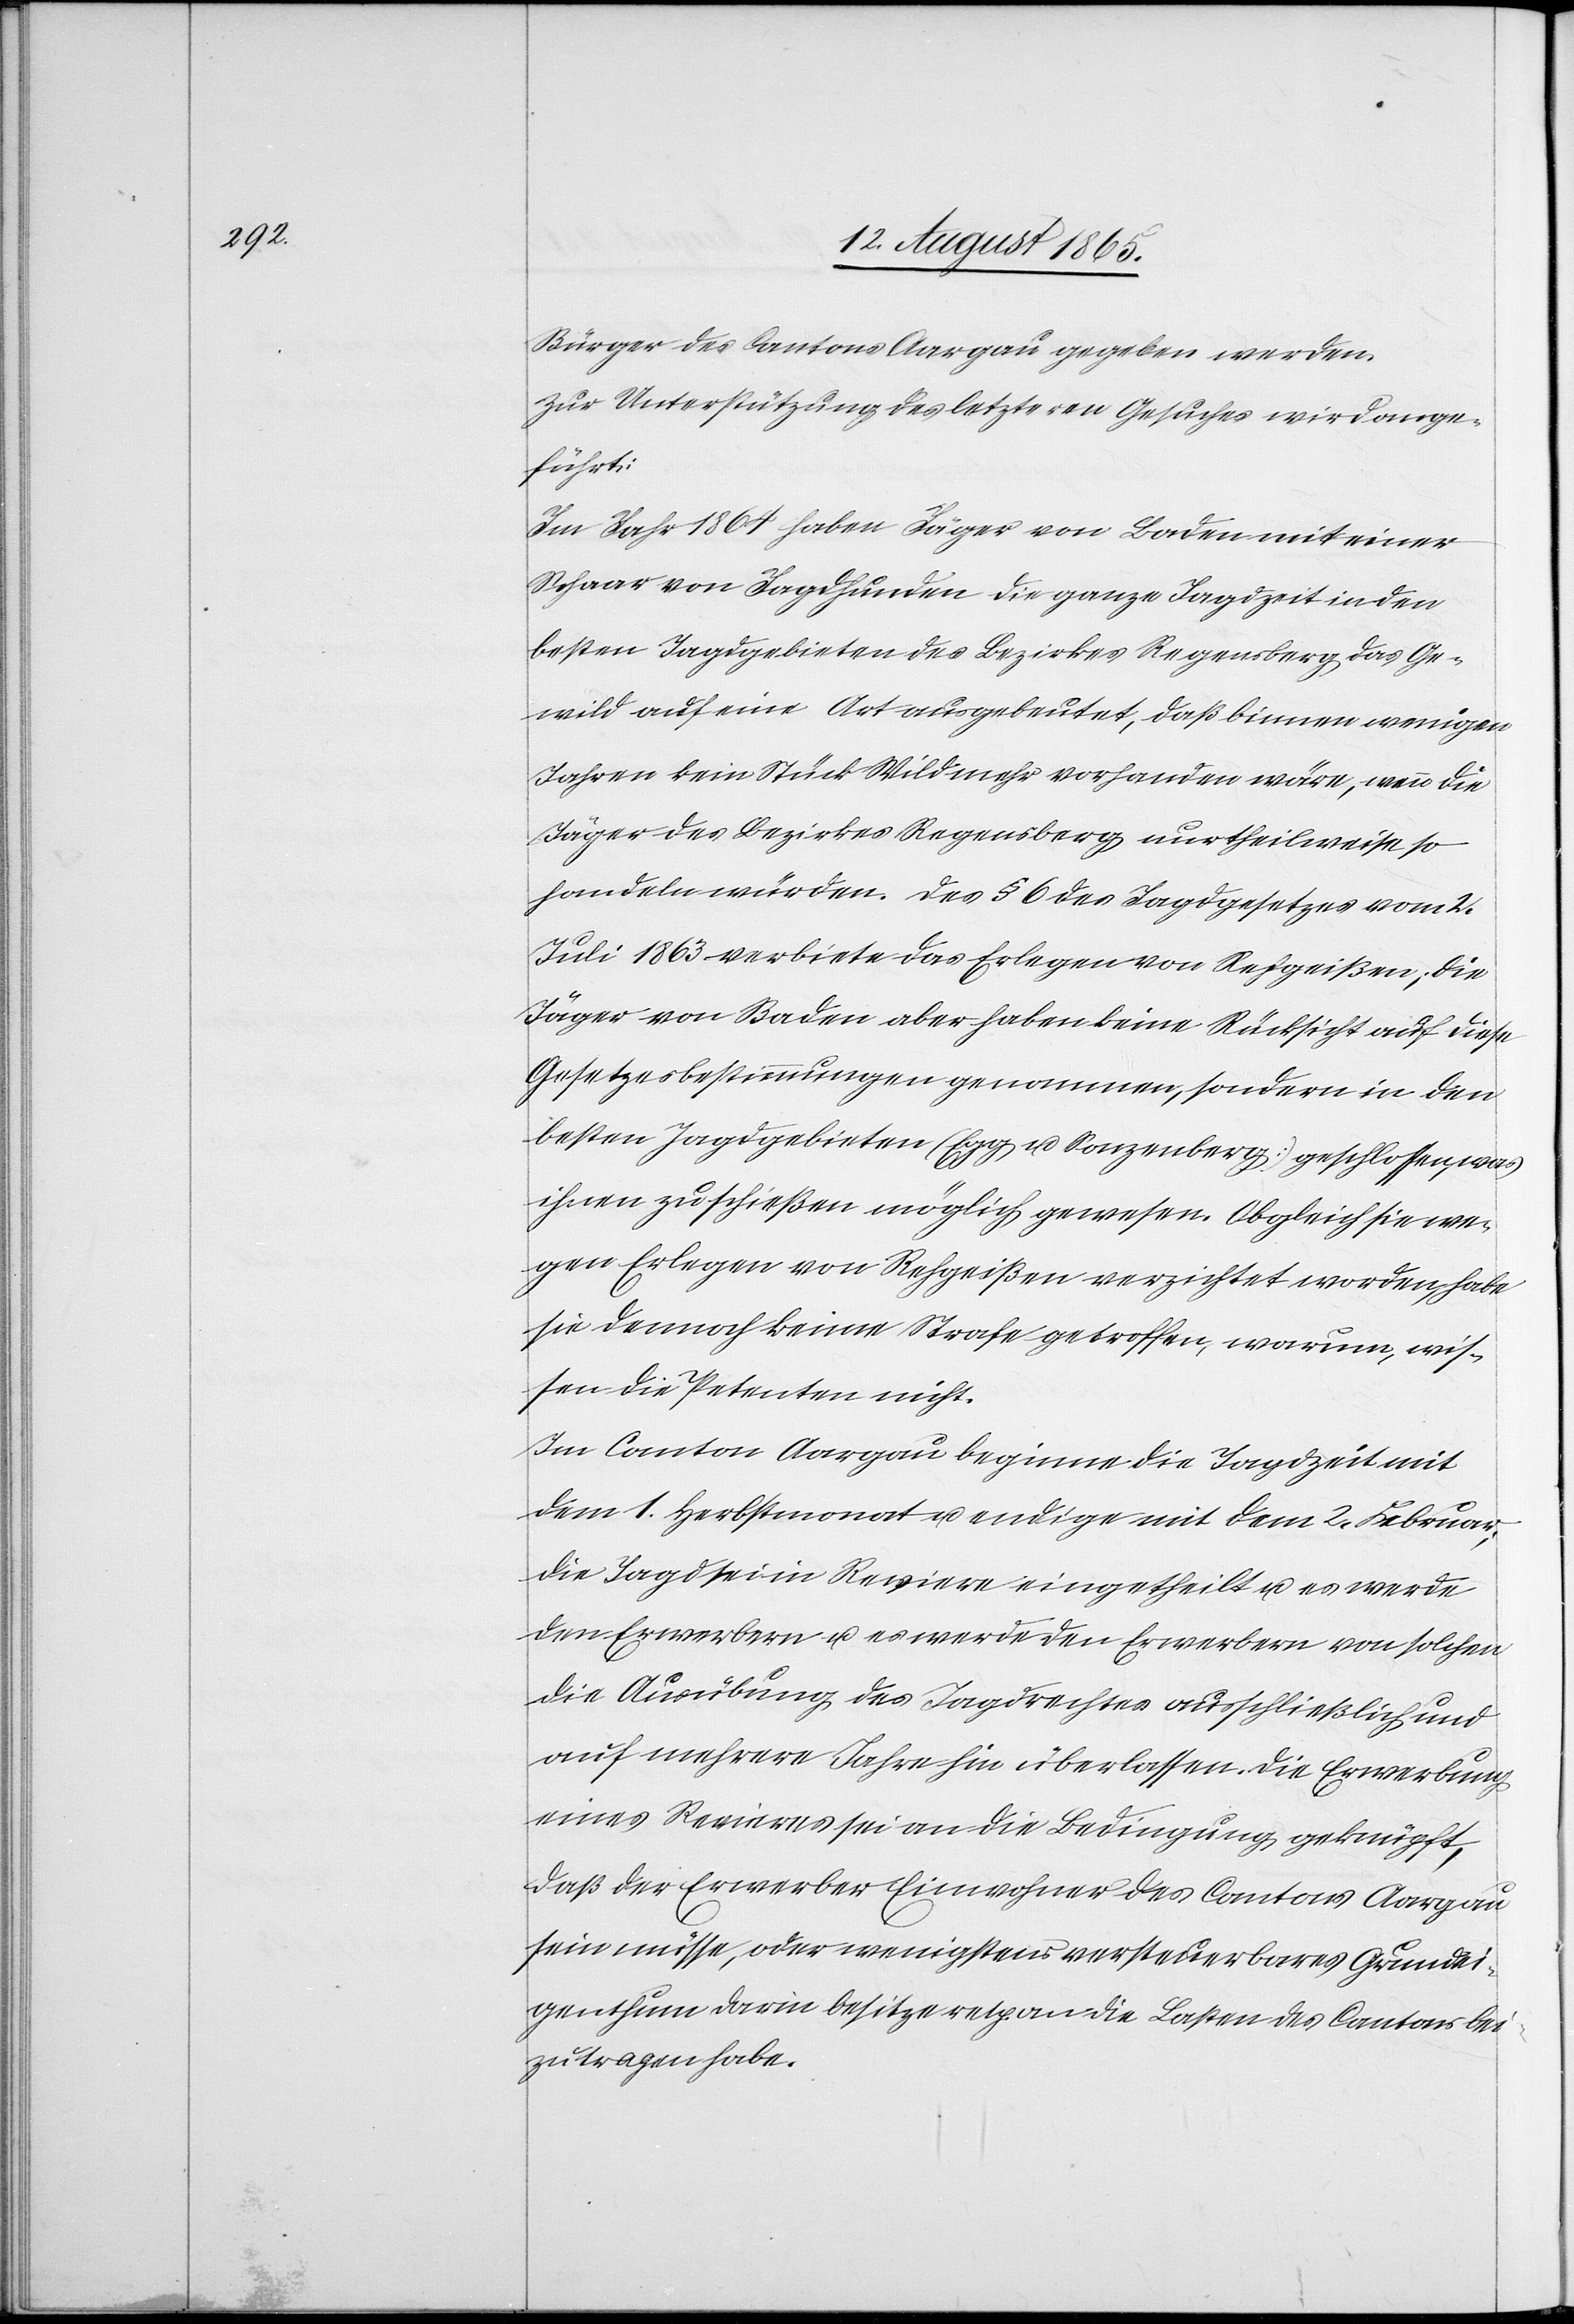
Bürger des Cantons Aargau gegeben werden.
Zur Unterstützung des letzteren Gesuches wird ange¬
führt:
Im Jahr 1864 haben Jäger von Baden mit einer
Schaar von Jagdhunden die ganze Jagdzeit in den
besten Jagdgebieten des Bezirkes Regensberg das Ge¬
wild auf eine Art ausgebeutete, daß binnen wenigen
Jahren kein Stück Wild mehr vorhanden wäre, wenn die
Jäger des Bezirkes Regensberg nur theilweise so
handeln würden. Des [sic!] § 6 des Jagdgesetze vom 2.
Juli 1863 verbiete das Erlegen von Rehgeißen; die
Jäger von Baden aber haben keine Rücksicht auf diese
Gesetzesbestimmungen genommen, sondern in den
besten Jagdgebieten (Egg u. Sonzenberg) geschossen, was
ihnen zu schießen möglich gewesen. Obgleich sie we¬
gen Erlegen von Rehgeißen verzichtet worden, habe
sie dennoch keine Strafe getroffen, warum, wis¬
sen die Petenten nicht.
Im Canton Aargau beginne die Jagdzeit mit
dem 1. Herbstmonat u. endige mit dem 2. Februar;
die Jagd sei in Reviere eingetheilt u. es werde
den Erwerbern u. es werde den Erwerbern [sic!] von solchen
die Ausübung des Jagdrechtes ausschließlich und
auf mehrere Jahre hin überlassen. Die Erwerbung
eines Revieres sei an die Bedingung geknüpft,
daß der Erwerber Einwohner des Cantons Aargau
ein müsse, oder wenigstens versteuerbares Grundei¬
genthum darin besitze resp. an die Lasten des Cantons bei¬
zutragen habe.